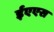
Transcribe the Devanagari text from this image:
ईएएस